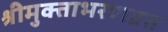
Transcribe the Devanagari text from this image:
श्रीमुक्ताभरणव्रत